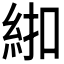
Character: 𱹰